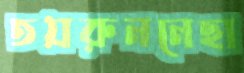
তয়রুননেছা